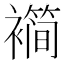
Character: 𬡱